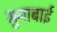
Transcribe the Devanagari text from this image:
सुनाबाई